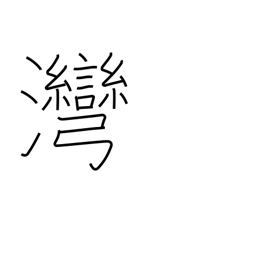
Meaning: inlet